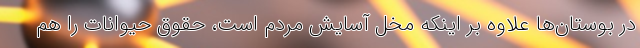
در بوستان‌ها علاوه بر اینکه مخل آسایش مردم است، حقوق حیوانات را هم